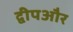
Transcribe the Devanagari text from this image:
द्वीपऔर